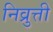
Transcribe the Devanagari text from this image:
निव्रुत्ती